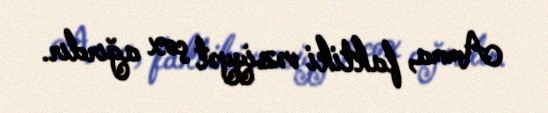
Amma, faktiki vəziyyət çox ağırdır.